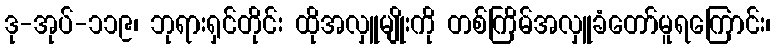
ဒု-အုပ်-၁၁၉၊ ဘုရားရှင်တိုင်း ထိုအလှူမျိုးကို တစ်ကြိမ်အလှူခံတော်မူရကြောင်း၊